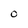
Character: o